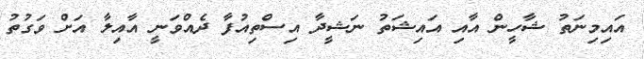
އައިމިނަތު ޝާހީން އާއި އައިޝަތު ނަޝީދާ އިސްތިއުފާ ދެއްވަނީ އާއިލާ އަށް ވަގުތު